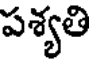
పశ్యతి